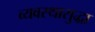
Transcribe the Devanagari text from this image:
व्यवस्थासुद्धा